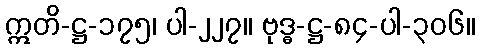
ဣတိ-ဋ္ဌ-၁၇၅၊ ပါ-၂၂၇။ ဗုဒ္ဓ-ဋ္ဌ-၈၄-ပါ-၃၀၆။